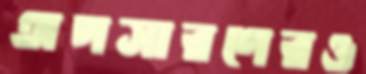
অপসারণেরও